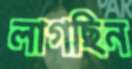
লাগছিন